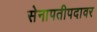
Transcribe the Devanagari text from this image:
सेनापतीपदावर